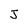
Character: J